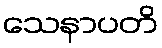
သေနာပတိ